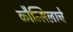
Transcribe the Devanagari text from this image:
कौन्सिलाचे